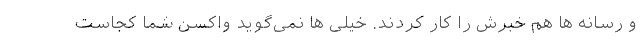
و رسانه ها هم خبرش را کار کردند. خیلی ها نمی‌گوید واکسن شما کجاست